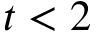
t < 2